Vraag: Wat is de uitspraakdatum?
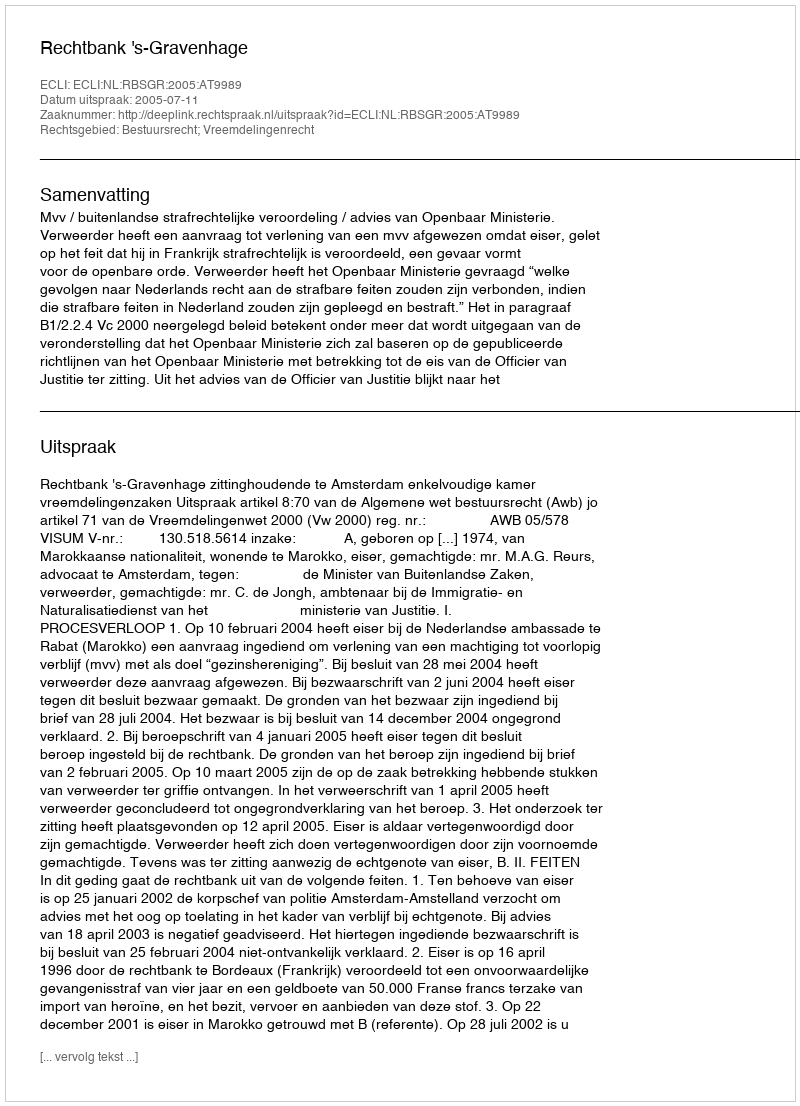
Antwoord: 2005-07-11